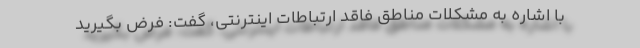
با اشاره به مشکلات مناطق فاقد ارتباطات اینترنتی، گفت: فرض بگیرید